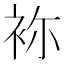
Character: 袮